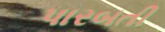
પારબતી